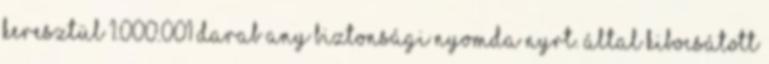
keresztül 1.000.001 darab ANY Biztonsági Nyomda Nyrt. által kibocsátott